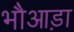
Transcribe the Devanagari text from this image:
भौआड़ा